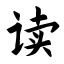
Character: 读